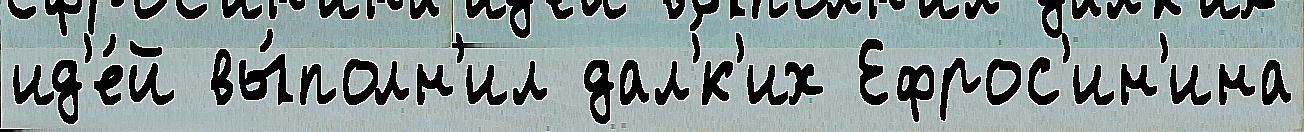
ид'е́й вы́полн'ил дал'́к'их Ефрос'ин'ина